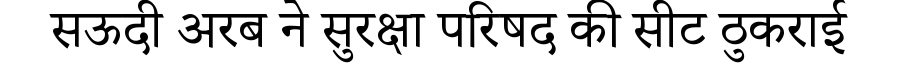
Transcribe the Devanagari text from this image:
सऊदी अरब ने सुरक्षा परिषद की सीट ठुकराई